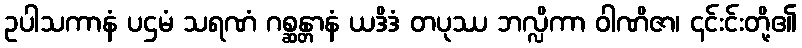
ဥပါသကာနံ ပဌမံ သရဏံ ဂစ္ဆန္တာနံ ယဒိဒံ တပုဿ ဘလ္လိကာ ဝါဏိဇာ၊ ၎င်းင်းတို့၏